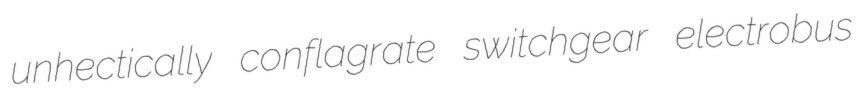
unhectically conflagrate switchgear electrobus